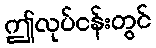
ဤလုပ်ငန်းတွင်